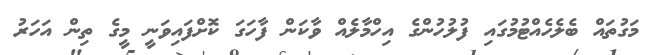
މަގުތައް ބެލެހެއްޓުމުގައި ފުލުހުންގެ އިހްމާލެއް ވާކަން ފާހަގަ ކޮށްފައިވަނީ މީގެ ތިން އަހަރު